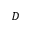
D